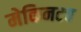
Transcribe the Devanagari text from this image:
मेकिनटच